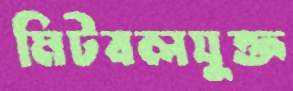
মিটবলযুক্ত